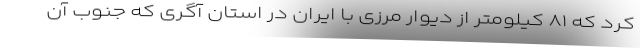
کرد که ۸۱ کیلومتر از دیوار مرزی با ایران در استان آگری که جنوب آن